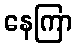
နေကြာ